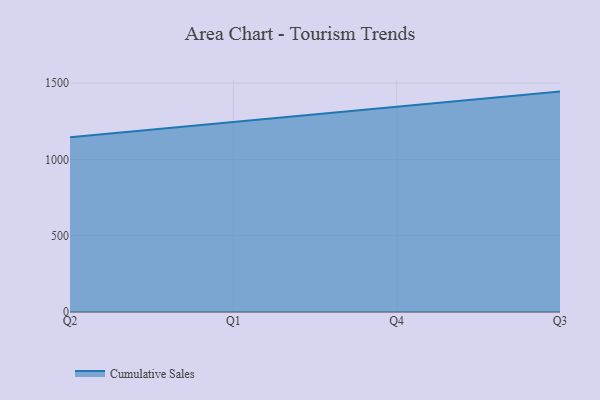
{"axis": {"x": "Quarter", "y": "Website Visitors"}, "legend": ["Cumulative Sales"], "data": [{"x": "Q2", "y": 1144.9, "type": "Cumulative Sales"}, {"x": "Q1", "y": 1247.0, "type": "Cumulative Sales"}, {"x": "Q4", "y": 1345.5, "type": "Cumulative Sales"}, {"x": "Q3", "y": 1444.2, "type": "Cumulative Sales"}]}